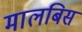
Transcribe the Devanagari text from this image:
मालबिस